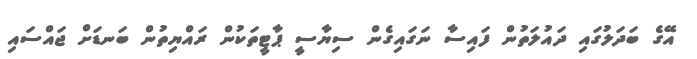
އޭގެ ބަދަލުގައި ދައުލަތުން ފައިސާ ނަގައިގެން ސިޔާސީ ޕާޓީތަކުން ރައްޔިތުން ބަނޑަށް ޖައްސައި